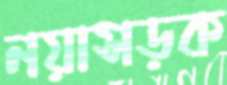
নয়াসড়ক